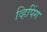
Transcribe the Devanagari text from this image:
व्हिपिंग